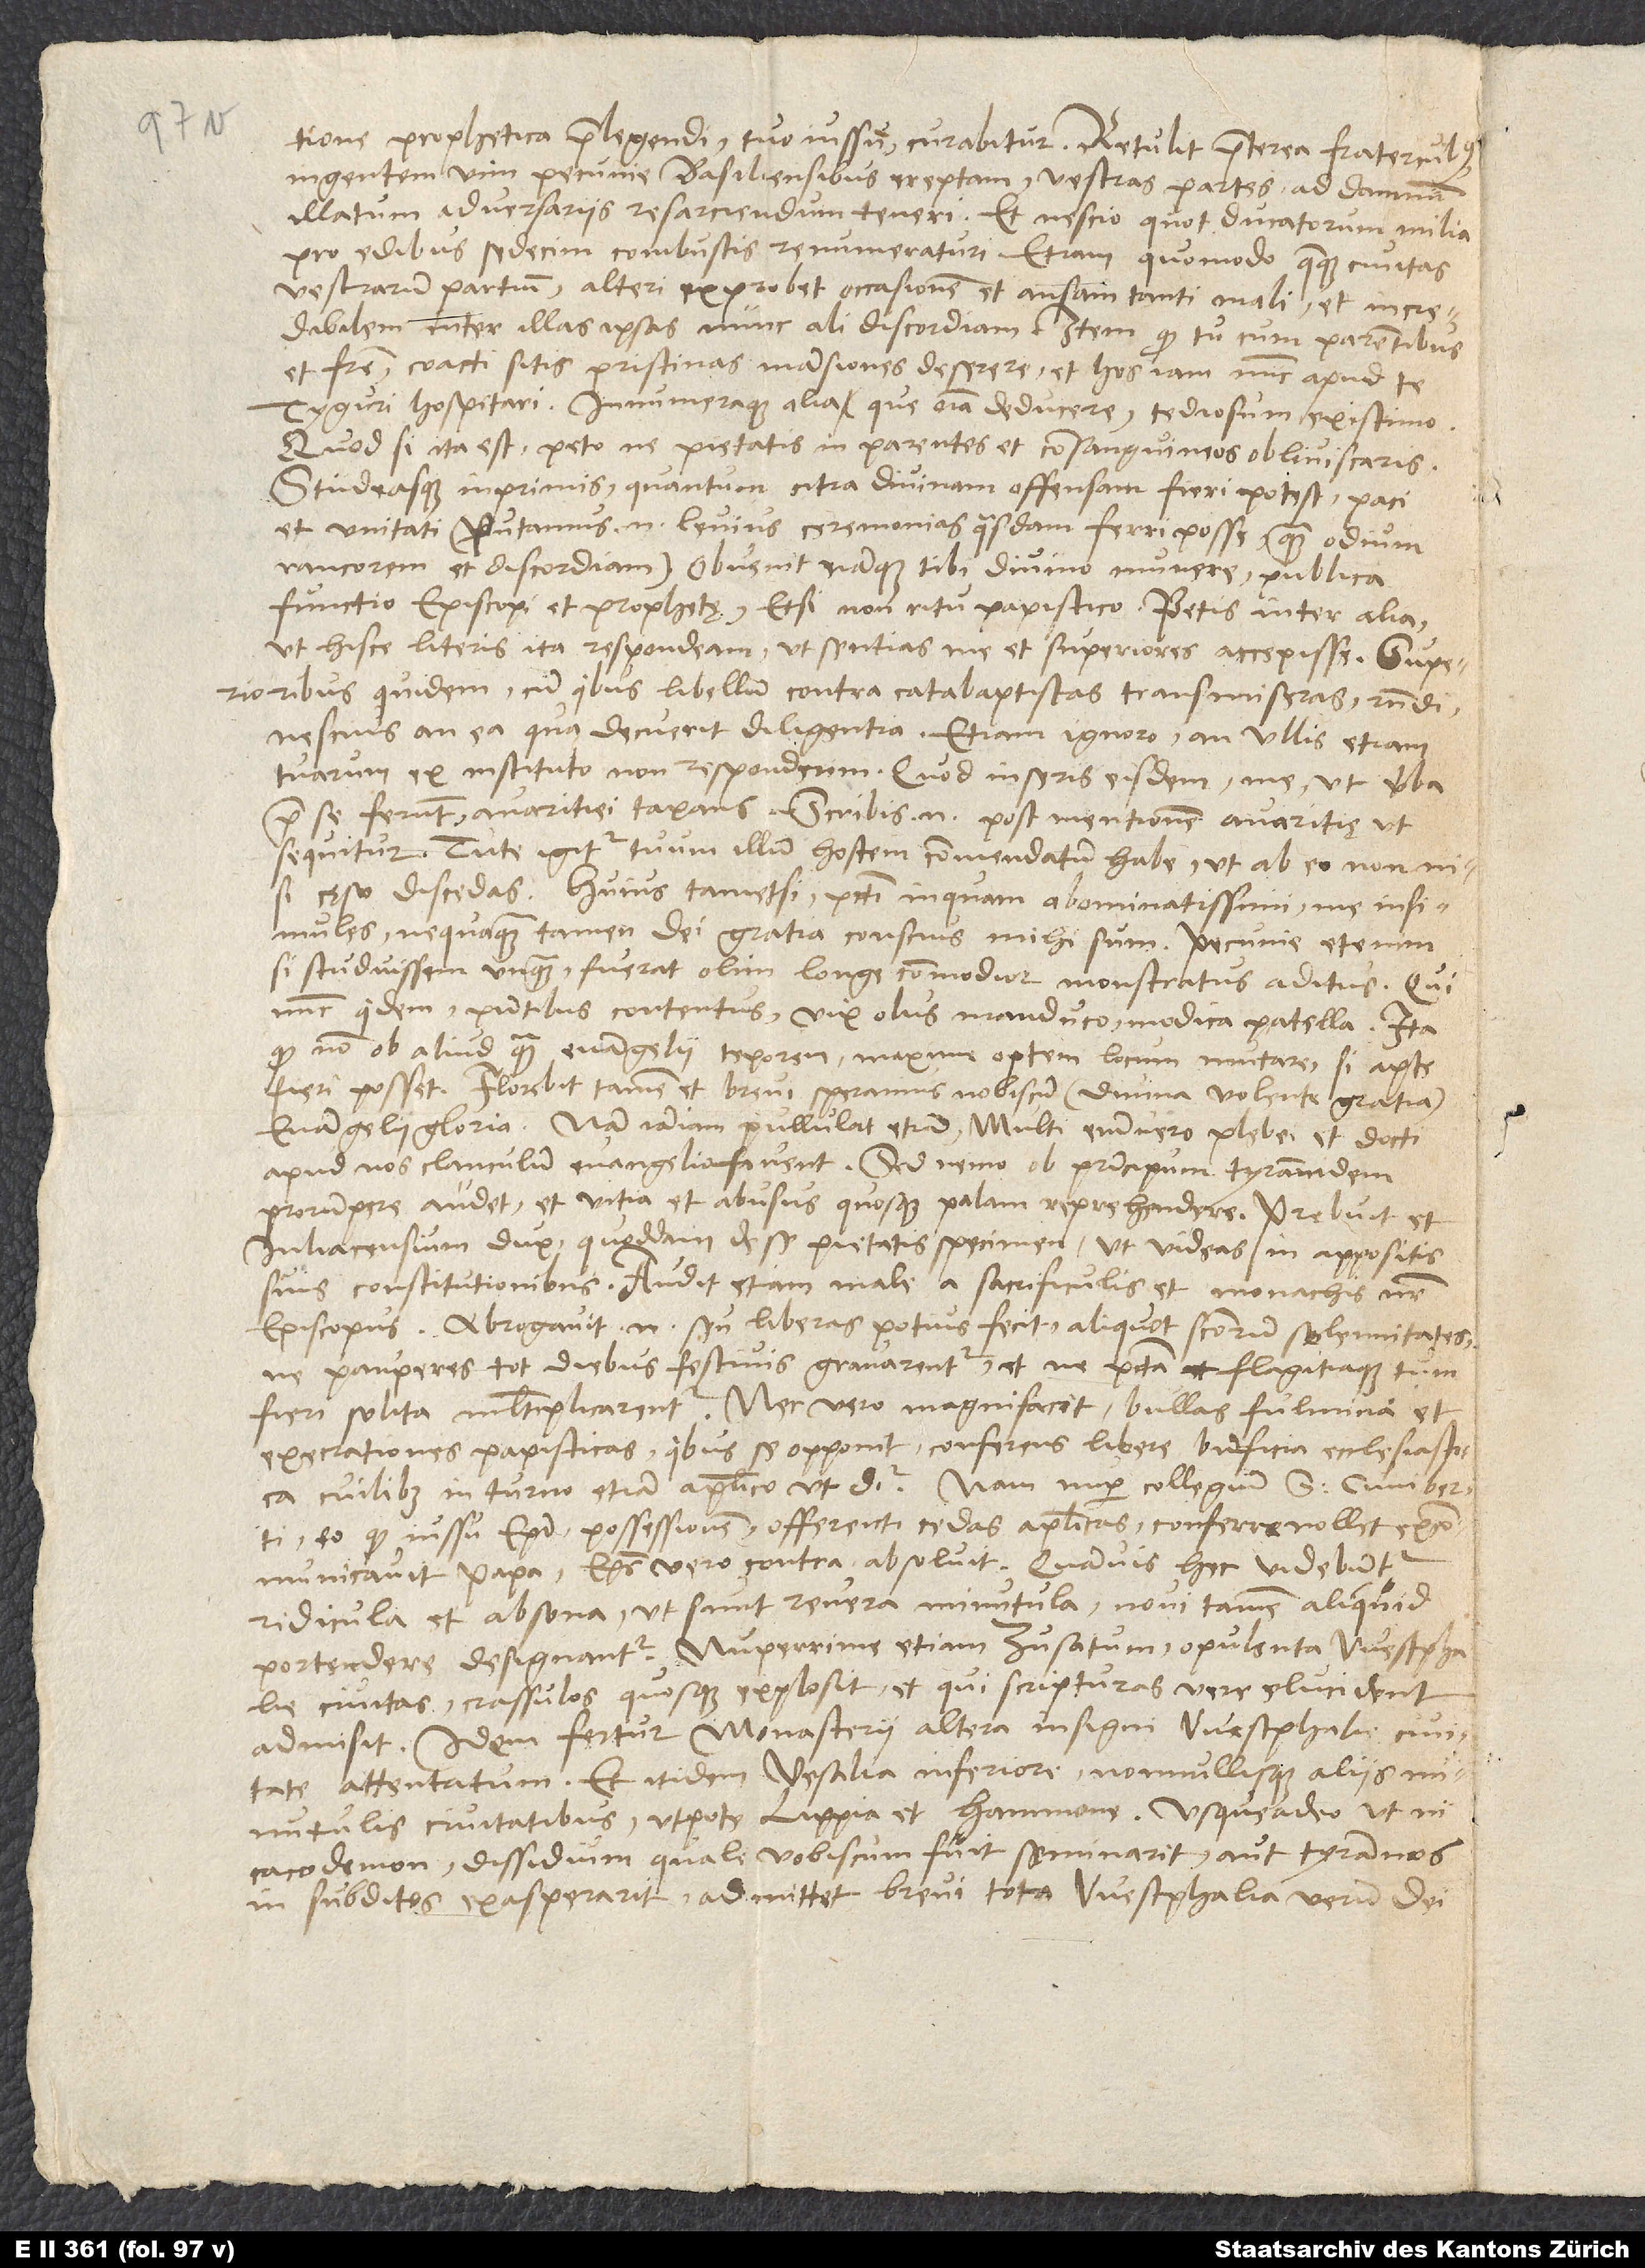
prophetica prelegendi tuo iussu curabitur. Retulit praeterea fraterculus
ingentem vim pecunie Basiliensibus ereptam, vestras partes ad damnum
illatum adversariis resarciendum teneri et nescio quot ducatorum milia
pro edibus sedecim combustis renumeraturi , etiam, quomodo quaeque civitas
vestrarum partium alteri exprobret occasionem et ansam tanti mali, et incredibilem
inter illas ipsas nunc ali discordiam, item, quod tu cum parentibus
et fratre coacti sitis pristinas mansiones deserere, et hos iam nunc apud te
Tyguri hospitari, innumeraque alia, que omnia deducere tediosum existimo.
Quod si ita est, peto, ne pietatis in parentes et consanguineos obliviscaris
studeasque inprimis, quantum citra divinam offensam fieri potest, paci
et unitati. Putamus enim levius ceremonias quasdam ferri posse quam odium,
rancorem et discordiam. Obvenit namque tibi divino munere publica
functio episcopi et prophetę, etsi non ritu papistico. Petis inter alia,
ut hisce literis ita respondeam, ut sentias me et superiores accepisse. Superioribus
quidem, cum quibus libellum contra catabaptistas transmiseras, respondi,
nescius, an ea, qua decuerit, diligentia. Etiam ignoro, an ullis etiam
tuarum ex instituto non responderim, quod inseris eisdem me, ut verba
prae se ferunt, avaritiei taxans. Scribis enim post mentionem avaritię, ut
sequitur: Tute igitur tuum illum hostem commendatum habe, ut ab eo non nisi
cęso discedas. Huius tametsi, peccati inquam abominatissimi, me insimules,
nequaquam tamen dei gratia conscius mihi sum. Pecunie etenim
si studuissem unquam, fuerat olim longe commodior monstratus aditus, qui
nunc quidem praesentibus contentus vix olus manduco modica patella. Ita,
quod non ob aliud quam evangelii teporem maxime optem locum mutare, si apte
fieri posset. Florebit tamen et brevi, speramus, nobiscum divina volente gratia
evangelii gloria. Nam iamiam pullulat etiam. Multi enimvero plebei et docti
apud nos clanculum evangelio favent. Sed nemo ob principum tyrannidem
prorumpere audet et vitia et abusus quosque palam reprehendere. Prebuit et
luliacensium dux quoddam de se pietatis specimen, ut videas in appositis
suis constitutionibus. Audit etiam male a sacrificulis et monachis noster
episcopus. Abrogavit enim seu liberas potius fecit aliquot sanctorum solemnitates,
ne pauperes tot diebus festivis gravarentur, et ne peccata flagitiaque tum
fieri solita multiplicarentur. Nec vero magni facit bullas, fulmina et
execrationes papisticas, quibus se opponit conferens libere beneficia ecclesiastica
cuilibet in turno etiam apostolico, ut dicitur. Nam nuper collegium S. Cuniberti,
eo quod iussu episcopi possessionem offerenti tedas apostolicas conferre nollet,
excommunicavit papa, episcopus vero contra absolvit. Quamvis hec videbuntur
ridicula et absona, ut sunt revera minutula, novi tamen aliquid
portendere designantur. Nuperrime etiam Zusatum, opulenta Westphalie
civitas, crassulos quosque explosit, et qui scripturas vere elucident,
admisit. Idem fertur Monasterii, altera insigni Westphalie civitate,
attentatum et itidem Vesalia inferiore nonnullisque aliis
minutulis civitatibus utpote Lippia et Hammone, usque adeo, ut ni
cacodemon dissidium, quale vobiscum fuit, seminarit aut tyrannos
in subditos exasperarit, admittet brevi tota Westphalia verum dei